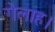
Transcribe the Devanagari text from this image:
गेलाह।